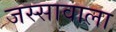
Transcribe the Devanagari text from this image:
जस्‍सावाला